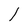
Character: l